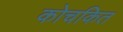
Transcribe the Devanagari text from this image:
कोचकित